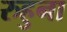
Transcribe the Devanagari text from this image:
रुहुना